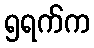
၅ရက်က